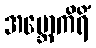
အဗ္ဘောကိရိံ